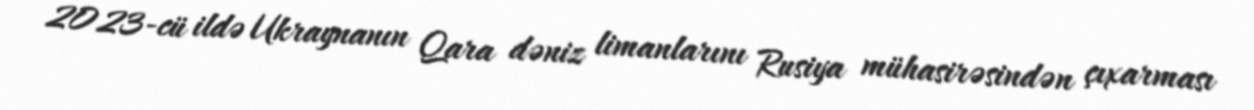
2023-cü ildə Ukraynanın Qara dəniz limanlarını Rusiya mühasirəsindən çıxarması